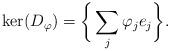
LaTeX: \begin{align*} \ker(D_{\varphi})=\bigg\{\sum_j\varphi_je_j\bigg\}.\end{align*}